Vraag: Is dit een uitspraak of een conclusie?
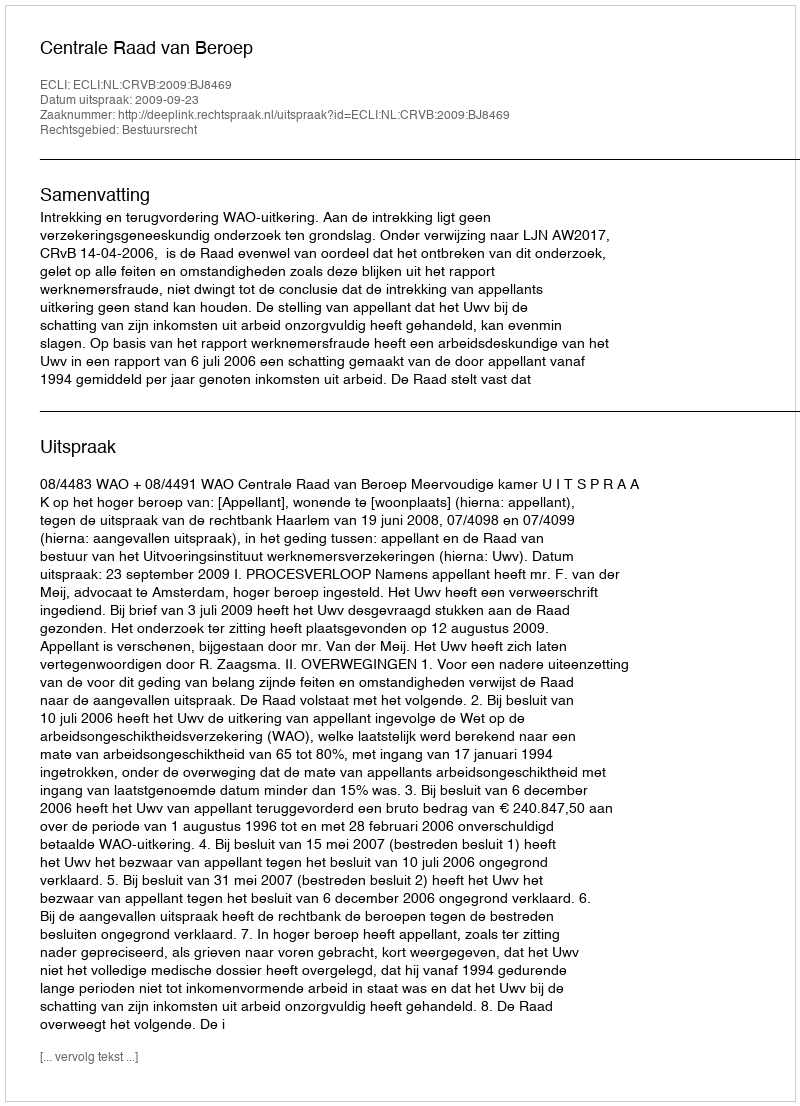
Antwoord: Uitspraak